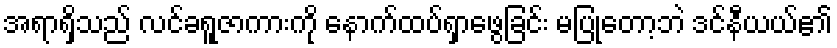
အရာရှိသည် လင်ခရူဇာကားကို နောက်ထပ်ရှာဖွေခြင်း မပြုတော့ဘဲ ဒင်နီယယ်၏